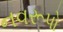
નવરૂપો